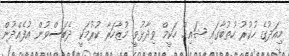
މިއަދުގެ ހުކުރު ހުތުބާގައި ޝައިޚް ހަކީމް ވިދާޅުވީ މުޒާހަރާ ކުރުމަކީ ދެބަސްވުން އުފެއްދުން